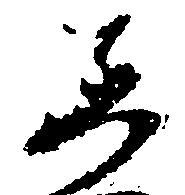
し